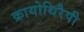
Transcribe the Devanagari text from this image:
क्रायोथिरैपी